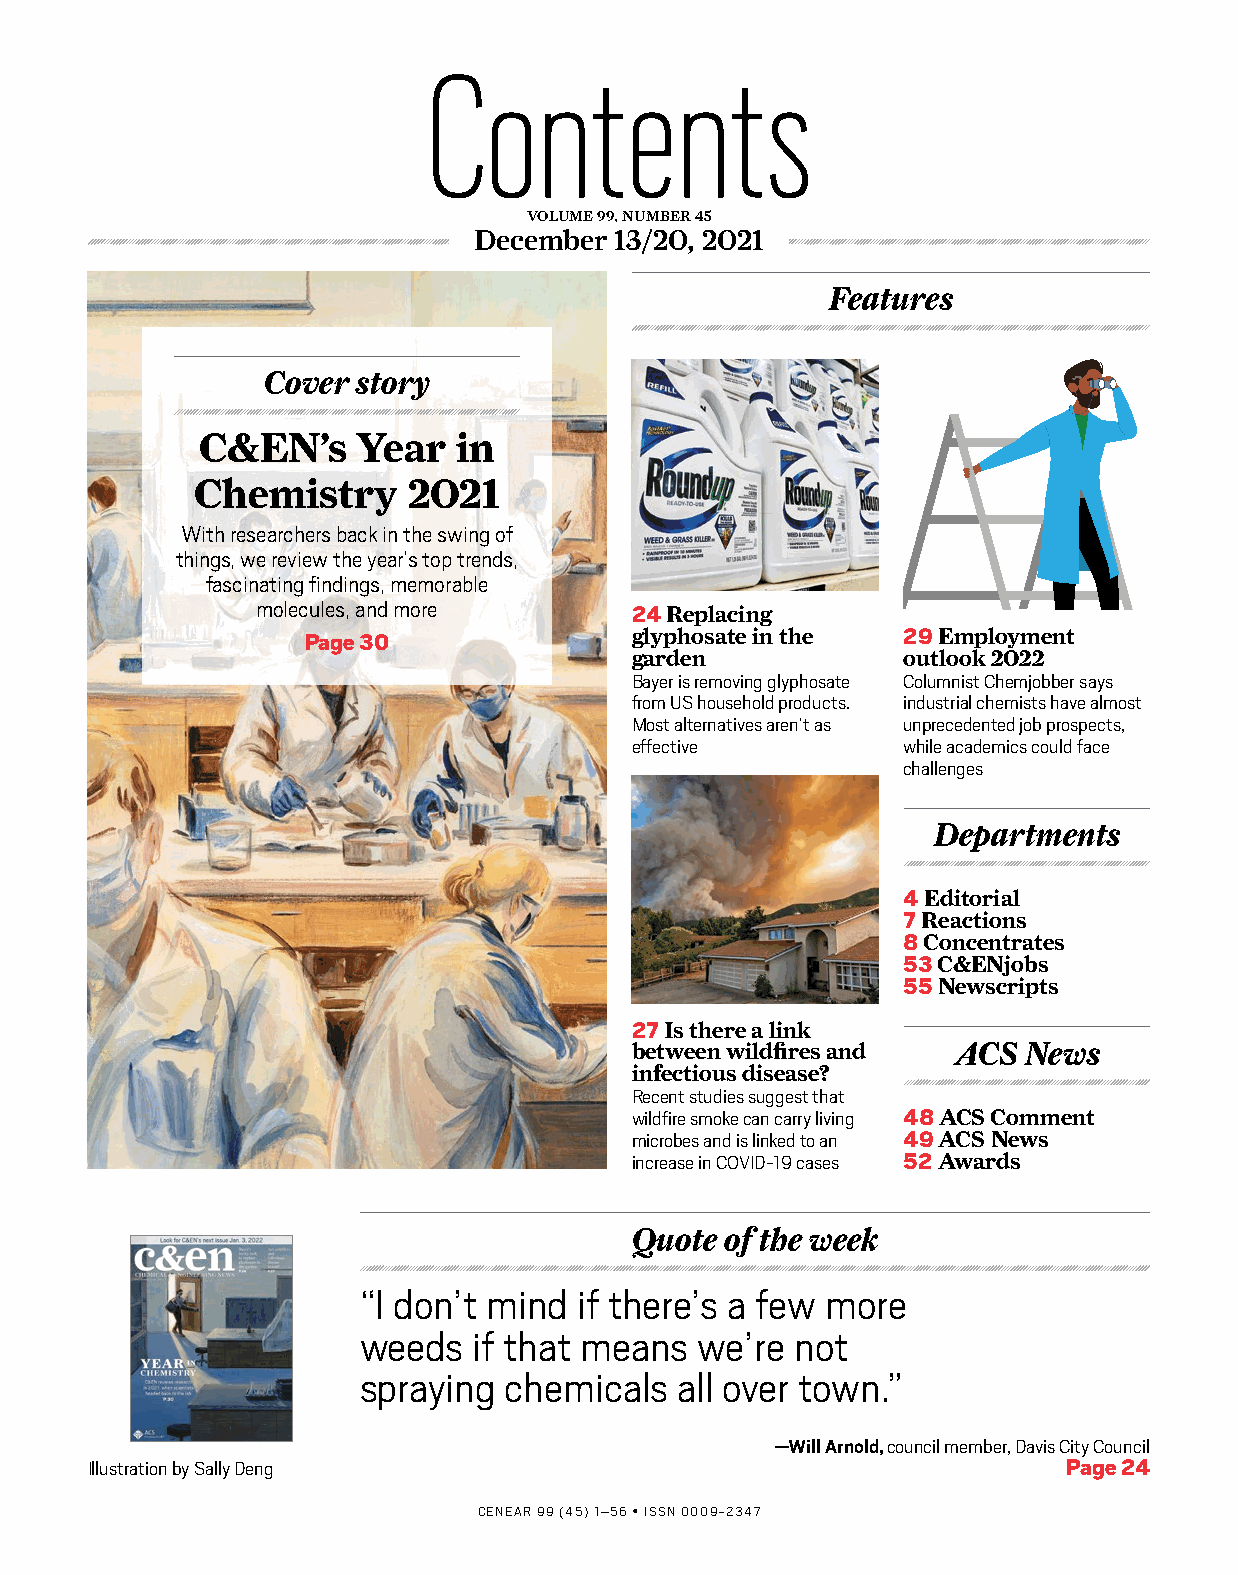
Contents
 VOLUME 99, NUMBER 45
 December  13/20, 2021
 Features
 Cover  story
 C&EN’s     Year  in
 Chemistry     2021
 With researchers back in the swing of
 things, we review the year’s top trends,
 fascinating findings, memorable
 molecules, and more
 24 Replacing
 Page 30               glyphosate in the 29 Employment
 garden            outlook 2022
 Bayer is removing glyphosate Columnist Chemjobber says
 from US household products. industrial chemists have almost
 Most alternatives aren’t as unprecedented job prospects,
 effective         while academics could face
 challenges
 Departments
 4 Editorial
 7 Reactions
 8 Concentrates
 53 C&ENjobs
 55 Newscripts
 27 Is there a link
 between wildfires and ACS News
 infectious disease?
 Recent studies suggest that
 wildfire smoke can carry living 48 ACS Comment
 microbes and is linked to an 49 ACS News
 increase in COVID-19 cases 52 Awards
 Quote of the week
 “I don’t mind if there’s a few more
 weeds  if that means  we’re  not
 spraying chemicals   all over town.”
 —Will Arnold, council member, Davis City Council
 Illustration by Sally Deng                                       Page 24
 CENEAR 99 (45) 1–56 • ISSN 0009-2347